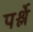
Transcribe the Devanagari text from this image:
पर्श्ले